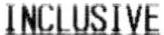
INCLUSIVE